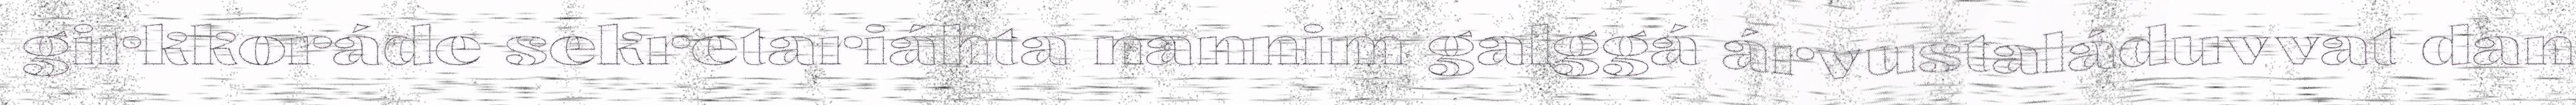
girkkoráde sekretariáhta nannim galggá árvustaláduvvat dan